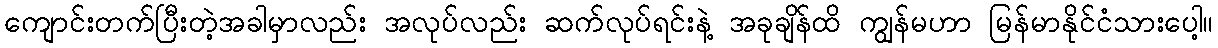
ကျောင်းတက်ပြီးတဲ့အခါမှာလည်း အလုပ်လည်း ဆက်လုပ်ရင်းနဲ့ အခုချိန်ထိ ကျွန်မဟာ မြန်မာနိုင်ငံသားပေါ့။